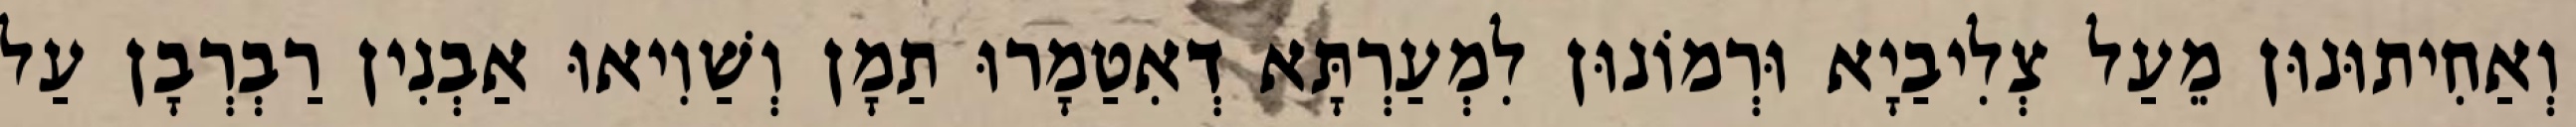
וְאַחִיתוּנוּן מֵעַל צְלִיבַיָא וּרְמוֹנוּן לִמְעַרְתָּא דְאִטַמָרוּ תַמָן וְשַׁוִיאוּ אַבְנִין רַבְרְבָן עַל